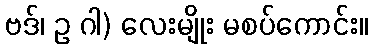
ဗဒ်၊ ဥ ဂါ) လေးမျိုး မစပ်ကောင်း။